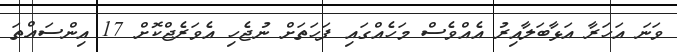
ވަނަ އަހަރާ އަޅާބަލާއިރު އެއްވެސް މަހެއްގައި ފަހަތަށް ނުޖެހި އެވަރެޖްކޮށް 17 އިންސައްތަ